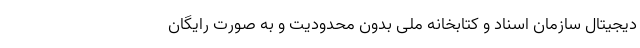
دیجیتال سازمان اسناد و کتابخانه ملی بدون محدودیت و به صورت رایگان